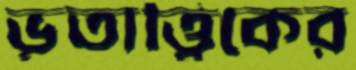
ভূতাত্ত্বিকের